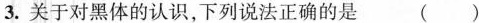
3.关于对黑体的认识，下列说法正确的是 ( )